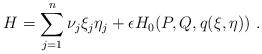
LaTeX: \begin{align*}H=\sum_{j=1}^{n}\nu_j\xi_j\eta_j + {\epsilon}H_0(P,Q,q(\xi,\eta))\ .\end{align*}